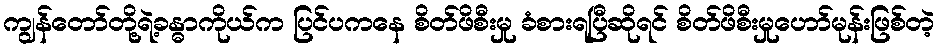
ကျွန်တော်တို့ရဲ့ခန္ဓာကိုယ်က ပြင်ပကနေ စိတ်ဖိစီးမှု ခံစားရပြီဆိုရင် စိတ်ဖိစီးမှုဟော်မုန်းဖြစ်တဲ့